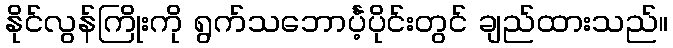
နိုင်လွန်ကြိုးကို ရွက်သဘောင်္ပဲ့ပိုင်းတွင် ချည်ထားသည်။